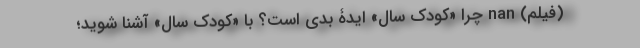
(فیلم) nan چرا «کودکِ سال» ایدۀ بدی است؟ با «کودکِ سال» آشنا شوید؛